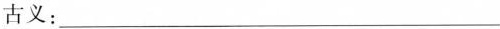
古义：___